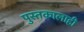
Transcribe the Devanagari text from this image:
पुस्तकालाही